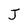
Character: J